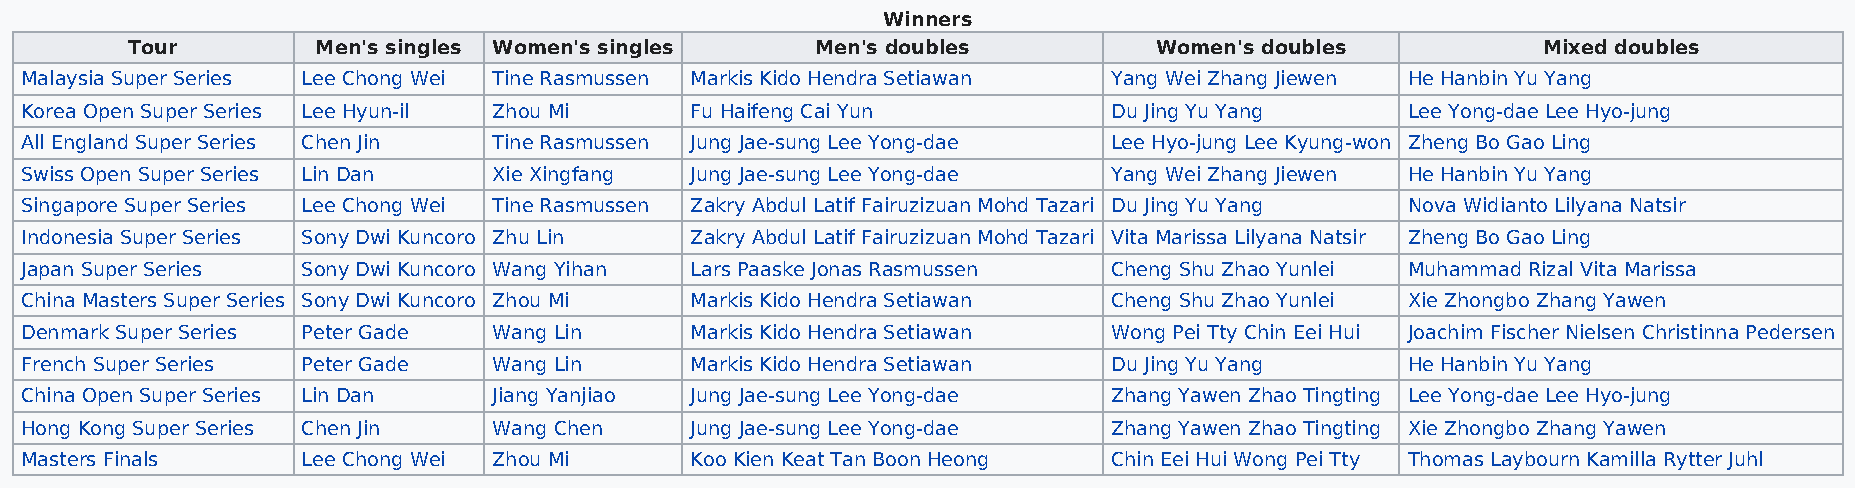
Winners
 Tour         Men's singles Women's singles    Men's doubles         Women's doubles           Mixed doubles
 Malaysia Super Series Lee Chong Wei Tine Rasmussen Markis Kido Hendra Setiawan Yang Wei Zhang Jiewen He Hanbin Yu Yang
 Korea Open Super Series Lee Hyun-il Zhou Mi  Fu Haifeng Cai Yun          Du Jing Yu Yang    Lee Yong-dae Lee Hyo-jung
 All England Super Series Chen Jin Tine Rasmussen Jung Jae-sung Lee Yong-dae Lee Hyo-jung Lee Kyung-won Zheng Bo Gao Ling
 Swiss Open Super Series Lin Dan Xie Xingfang Jung Jae-sung Lee Yong-dae  Yang Wei Zhang Jiewen He Hanbin Yu Yang
 Singapore Super Series Lee Chong Wei Tine Rasmussen Zakry Abdul Latif Fairuzizuan Mohd Tazari Du Jing Yu Yang Nova Widianto Lilyana Natsir
 Indonesia Super Series Sony Dwi Kuncoro Zhu Lin Zakry Abdul Latif Fairuzizuan Mohd Tazari Vita Marissa Lilyana Natsir Zheng Bo Gao Ling
 Japan Super Series Sony Dwi Kuncoro Wang Yihan Lars Paaske Jonas Rasmussen Cheng Shu Zhao Yunlei Muhammad Rizal Vita Marissa
 China Masters Super Series Sony Dwi Kuncoro Zhou Mi Markis Kido Hendra Setiawan Cheng Shu Zhao Yunlei Xie Zhongbo Zhang Yawen
 Denmark Super Series Peter Gade Wang Lin     Markis Kido Hendra Setiawan Wong Pei Tty Chin Eei Hui Joachim Fischer Nielsen Christinna Pedersen
 French Super Series Peter Gade  Wang Lin     Markis Kido Hendra Setiawan Du Jing Yu Yang    He Hanbin Yu Yang
 China Open Super Series Lin Dan Jiang Yanjiao Jung Jae-sung Lee Yong-dae Zhang Yawen Zhao Tingting Lee Yong-dae Lee Hyo-jung
 Hong Kong Super Series Chen Jin Wang Chen    Jung Jae-sung Lee Yong-dae  Zhang Yawen Zhao Tingting Xie Zhongbo Zhang Yawen
 Masters Finals     Lee Chong Wei Zhou Mi     Koo Kien Keat Tan Boon Heong Chin Eei Hui Wong Pei Tty Thomas Laybourn Kamilla Rytter Juhl